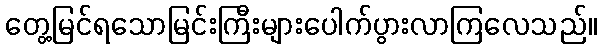
တွေ့မြင်ရသောမြင်းကြီးများပေါက်ပွားလာကြလေသည်။